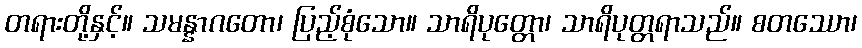
တရားတို့နှင့်။ သမန္နာဂတော၊ ပြည့်စုံသော။ သာရိပုတ္တော၊ သာရိပုတ္တရာသည်။ စတဿော၊